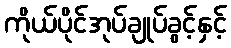
ကိုယ်ပိုင်အုပ်ချုပ်ခွင့်နှင့်